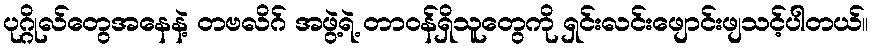
ပုဂ္ဂိုလ်တွေအနေနဲ့ တဗလိဂ် အဖွဲ့ရဲ့ တာဝန်ရှိသူတွေကို ရှင်းလင်းဖျောင်းဖျသင့်ပါတယ်။